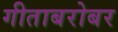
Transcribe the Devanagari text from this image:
गीताबरोबर